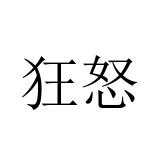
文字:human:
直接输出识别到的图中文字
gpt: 狂怒